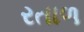
રતાળ